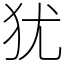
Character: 犹